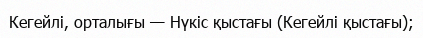
Кегейлі, орталығы — Нүкіс қыстағы (Кегейлі қыстағы);